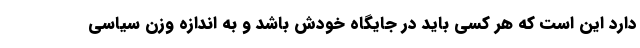
دارد این است که هر کسی باید در جایگاه خودش باشد و به اندازه وزن سیاسی